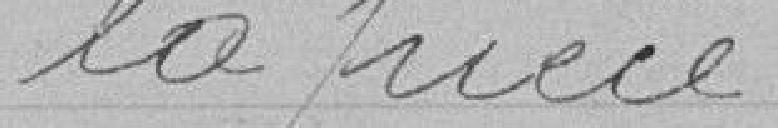
la pièce